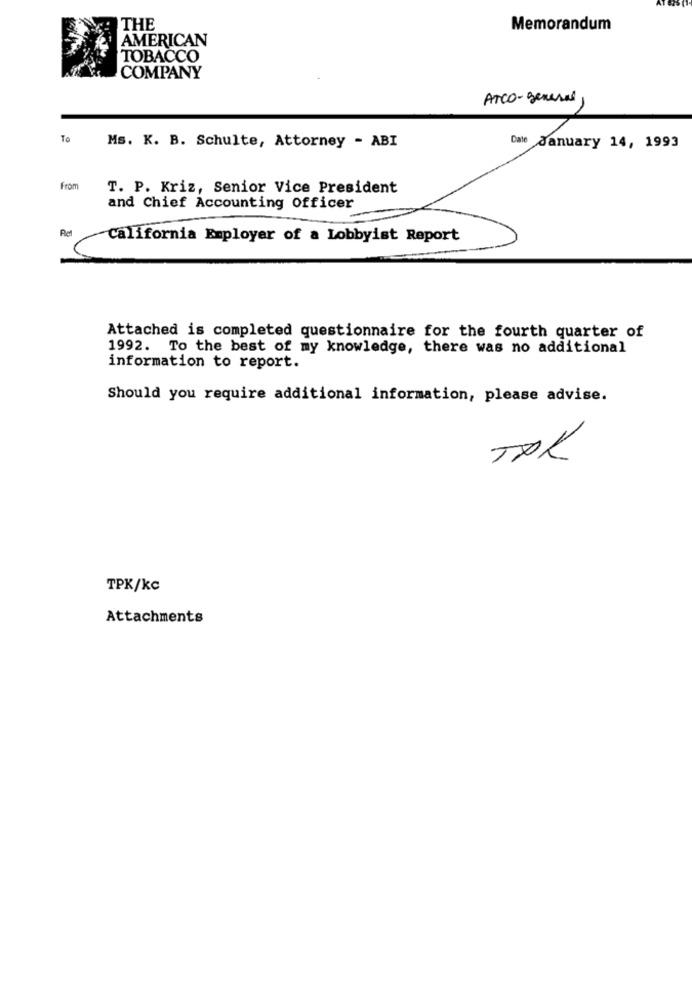
THE
Memorandum
AMERICAN
TOBACCO
COMPANY
ATCO-general
To
Ms. K. B. Schulte, Attorney - ABI
Date January 14, 1993
From
T. P. Kriz, Senior Vice President
and Chief Accounting Officer
California Employer of a Lobbyist Report
Attached is completed questionnaire for the fourth quarter of
1992. To the best of my knowledge, there was no additional
information to report.
Should you require additional information, please advise.
TDK
TPK/kc
Attachments